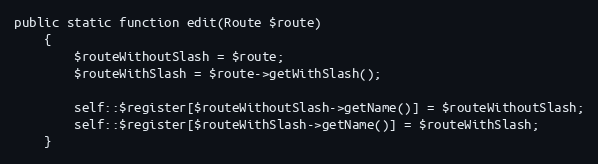
Language: PHP
public static function edit(Route $route)
    {
        $routeWithoutSlash = $route;
        $routeWithSlash = $route->getWithSlash();

        self::$register[$routeWithoutSlash->getName()] = $routeWithoutSlash;
        self::$register[$routeWithSlash->getName()] = $routeWithSlash;
    }